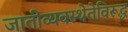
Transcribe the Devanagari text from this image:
जातीव्यवस्थेतेविरूद्ध